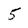
Character: 5